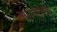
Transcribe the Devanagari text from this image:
आजीकडे